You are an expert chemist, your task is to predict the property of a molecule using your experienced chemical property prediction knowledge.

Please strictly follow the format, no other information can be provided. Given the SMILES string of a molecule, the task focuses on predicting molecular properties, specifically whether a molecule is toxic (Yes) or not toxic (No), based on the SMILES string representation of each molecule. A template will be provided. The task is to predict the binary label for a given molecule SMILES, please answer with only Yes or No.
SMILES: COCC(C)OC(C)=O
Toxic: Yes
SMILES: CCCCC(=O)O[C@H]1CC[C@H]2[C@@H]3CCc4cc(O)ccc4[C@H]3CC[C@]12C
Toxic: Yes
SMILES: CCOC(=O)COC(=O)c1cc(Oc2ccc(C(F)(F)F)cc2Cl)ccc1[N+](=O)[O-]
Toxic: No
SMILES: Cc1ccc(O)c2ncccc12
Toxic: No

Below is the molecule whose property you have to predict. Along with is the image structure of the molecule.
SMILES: COC(=O)COc1ccc(Cl)cc1Cl
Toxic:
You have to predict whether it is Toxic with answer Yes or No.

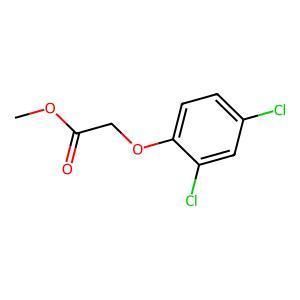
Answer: No